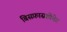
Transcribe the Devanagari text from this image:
बिसफ़ास्फ़ोनेट